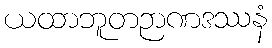
ယထာဘူတဉာဏဒဿနံ